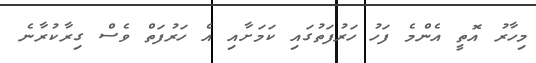
މިހާރު އޮތީ އެންމެ ފަހު ހަރުފަތުގައި ކަމަށާއި އެ ހަރުފަތް ވެސް ގިރާކުރާނެ